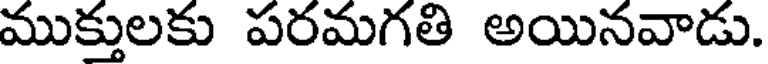
ముక్తులకు పరమగతి అయినవాడు.